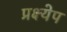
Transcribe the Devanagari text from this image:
प्रक्ष्येप